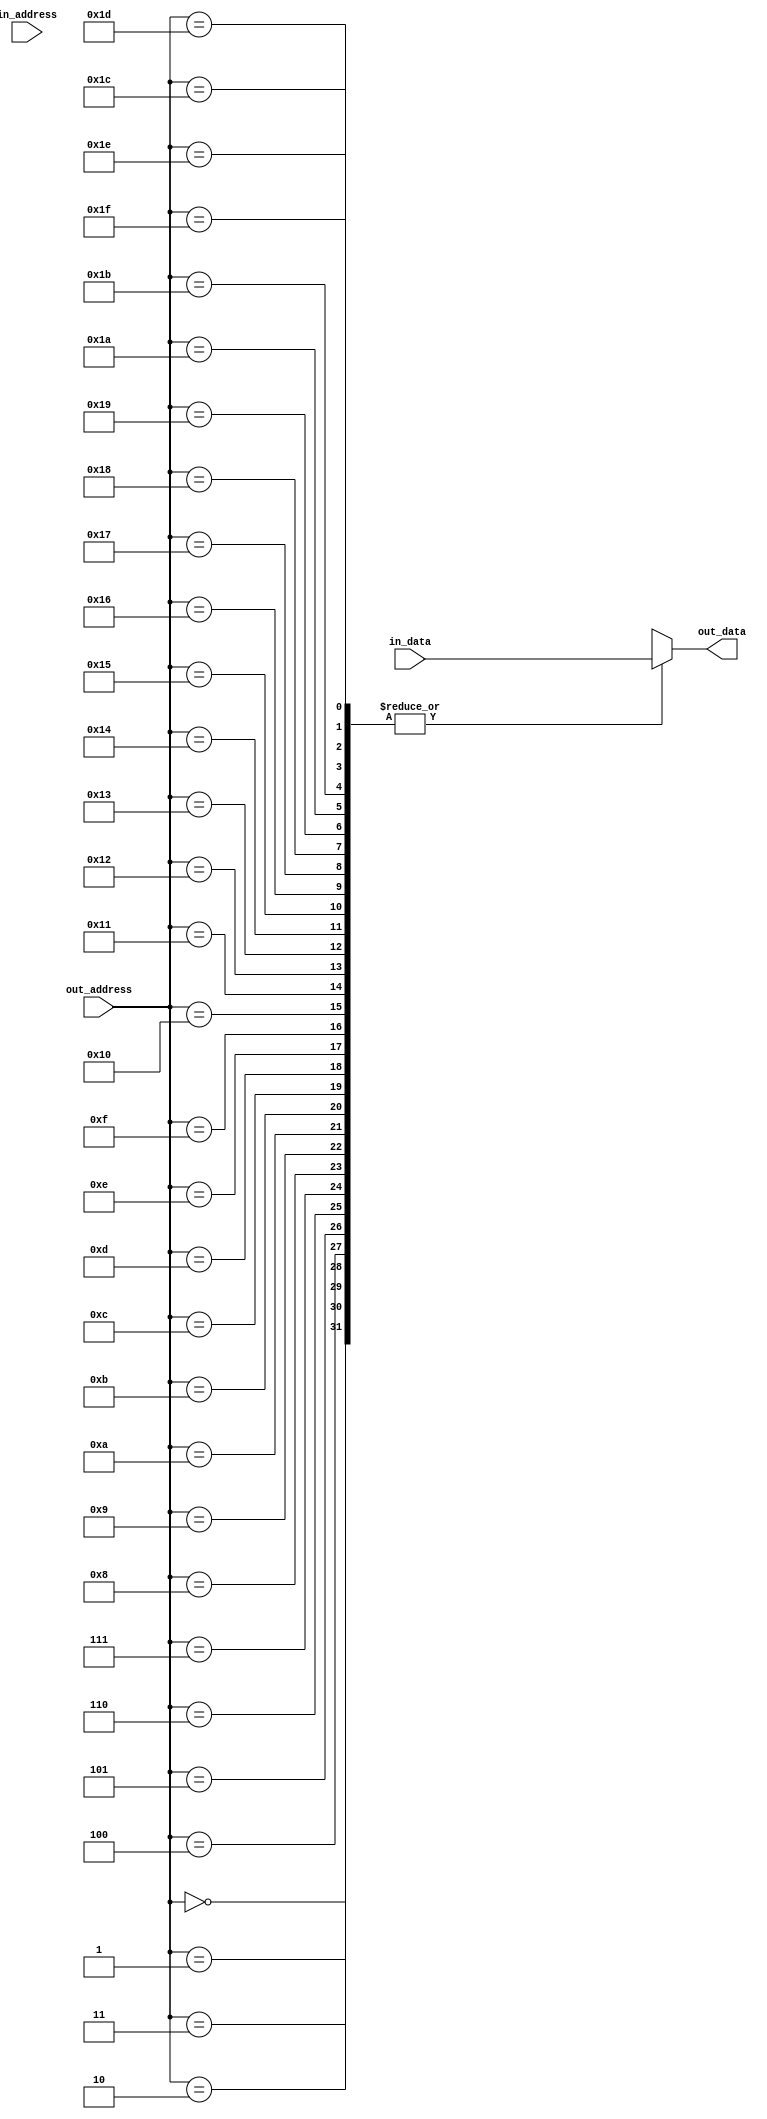
module ram5(in_address,out_address,in_data,out_data);
input[4:0] in_address,out_address;
input[7:0] in_data;
output reg[7:0] out_data;
reg[7:0] ram_mem[0:31];
always@(in_address or out_address or in_data)
begin
 ram_mem[in_address]=in_data;
 out_data=ram_mem[out_address];
 end
endmodule